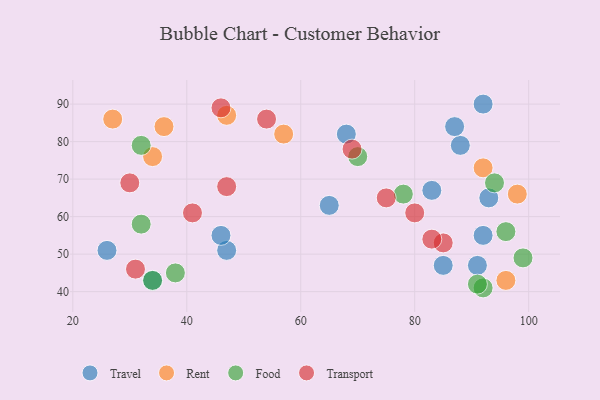
{"axis": {"x": "GDP", "y": "Life Expectancy"}, "legend": ["Food", "Rent", "Transport", "Travel"], "data": [{"x": "26", "y": 51, "type": "Travel"}, {"x": "92", "y": 55, "type": "Travel"}, {"x": "88", "y": 79, "type": "Travel"}, {"x": "87", "y": 84, "type": "Travel"}, {"x": "65", "y": 63, "type": "Travel"}, {"x": "91", "y": 47, "type": "Travel"}, {"x": "47", "y": 51, "type": "Travel"}, {"x": "68", "y": 82, "type": "Travel"}, {"x": "85", "y": 47, "type": "Travel"}, {"x": "34", "y": 43, "type": "Travel"}, {"x": "92", "y": 90, "type": "Travel"}, {"x": "93", "y": 65, "type": "Travel"}, {"x": "46", "y": 55, "type": "Travel"}, {"x": "83", "y": 67, "type": "Travel"}, {"x": "98", "y": 66, "type": "Rent"}, {"x": "96", "y": 43, "type": "Rent"}, {"x": "47", "y": 87, "type": "Rent"}, {"x": "57", "y": 82, "type": "Rent"}, {"x": "34", "y": 76, "type": "Rent"}, {"x": "92", "y": 73, "type": "Rent"}, {"x": "27", "y": 86, "type": "Rent"}, {"x": "36", "y": 84, "type": "Rent"}, {"x": "94", "y": 69, "type": "Food"}, {"x": "78", "y": 66, "type": "Food"}, {"x": "32", "y": 79, "type": "Food"}, {"x": "38", "y": 45, "type": "Food"}, {"x": "92", "y": 41, "type": "Food"}, {"x": "32", "y": 58, "type": "Food"}, {"x": "91", "y": 42, "type": "Food"}, {"x": "70", "y": 76, "type": "Food"}, {"x": "99", "y": 49, "type": "Food"}, {"x": "96", "y": 56, "type": "Food"}, {"x": "34", "y": 43, "type": "Food"}, {"x": "31", "y": 46, "type": "Transport"}, {"x": "46", "y": 89, "type": "Transport"}, {"x": "41", "y": 61, "type": "Transport"}, {"x": "30", "y": 69, "type": "Transport"}, {"x": "85", "y": 53, "type": "Transport"}, {"x": "75", "y": 65, "type": "Transport"}, {"x": "47", "y": 68, "type": "Transport"}, {"x": "54", "y": 86, "type": "Transport"}, {"x": "69", "y": 78, "type": "Transport"}, {"x": "80", "y": 61, "type": "Transport"}, {"x": "83", "y": 54, "type": "Transport"}]}